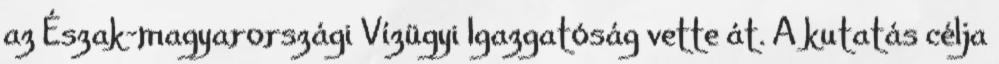
az Észak-magyarországi Vízügyi Igazgatóság vette át. A kutatás célja